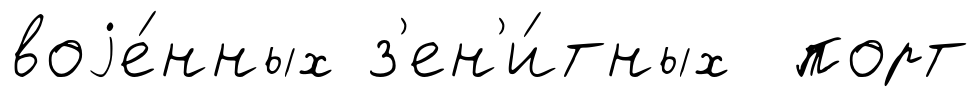
воjе́нных з'ен'и́тных порт